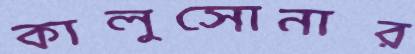
কালুসোনার